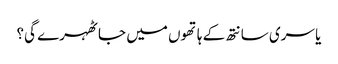
یا سری سانتھ کے ہاتھوں میں جا ٹھہرے گی؟